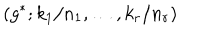
LaTeX: \left( g ^ { * } ; k _ { 1 } / n _ { 1 } , \ldots , k _ { r } / n _ { r } \right)